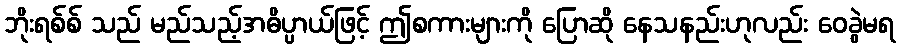
ဘိုးရစ်စ် သည် မည်သည့်အဓိပ္ပာယ်ဖြင့် ဤစကားများကို ပြောဆို နေသနည်းဟုလည်း ဝေခွဲမရ